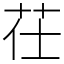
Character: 茌